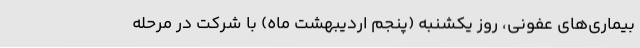
بیماری‌های عفونی، روز یکشنبه (پنجم اردیبهشت ماه) با شرکت در مرحله